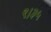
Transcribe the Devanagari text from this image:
९।३५